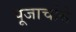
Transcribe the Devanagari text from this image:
पूजार्चासे